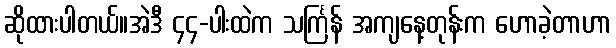
ဆိုထားပါတယ်။အဲဒီ ၄၄-ပါးထဲက သင်္ကြန် အကျနေ့တုန်းက ဟောခဲ့တာဟာ